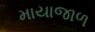
માયાજાળ